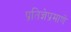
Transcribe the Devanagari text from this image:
प्रतिज्ञेप्रमाणे